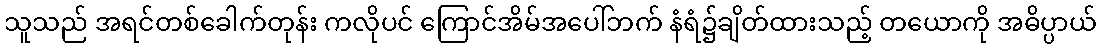
သူသည် အရင်တစ်ခေါက်တုန်း ကလိုပင် ကြောင်အိမ်အပေါ်ဘက် နံရံ၌ချိတ်ထားသည့် တယောကို အဓိပ္ပာယ်